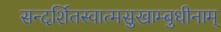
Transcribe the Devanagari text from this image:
सन्दर्शितस्वात्मसुखाम्बुधीनाम्